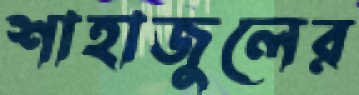
শাহাজুলের